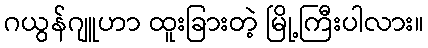
ဂယွန်ဂျူဟာ ထူးခြားတဲ့ မြို့ကြီးပါလား။